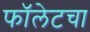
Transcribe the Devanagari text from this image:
फॉलेटचा